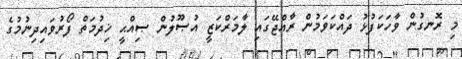
މި ރޮނގުން ވާހަކަފުޅު ދައްކަވަމުން ރާއްޖޭގައި ލާމަރްކަޒީ އުޞޫލުން ޞިއްޙީ ޚިދުމަތް ފޯރުވައިދިނުމުގެ